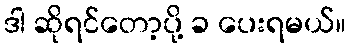
ဒါ ဆိုရင်တော့ပို့ ခ ပေးရမယ်။